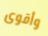
وأقوى